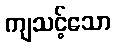
ကျသင့်သော